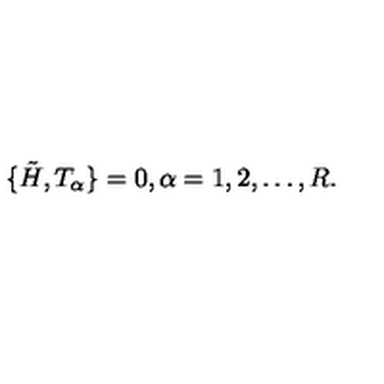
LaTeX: \{ \tilde { H } , T _ { \alpha } \} = 0 , \alpha = 1 , 2 , \dots , R .